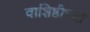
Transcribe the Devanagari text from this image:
वाशिष्ठीच्या